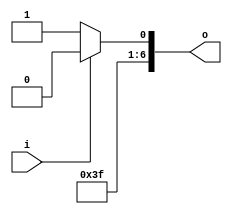
module seven_segment_negative(i,o);
 
input i;
output reg [6:0]o; // a, b, c, d, e, f, g
 
always @(*)
begin
if (i == 1'b1)
o = 7'b1111110;
else
o = 7'b1111111;
end
endmodule